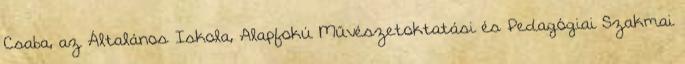
Csaba, az Általános Iskola, Alapfokú Művészetoktatási és Pedagógiai Szakmai